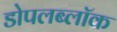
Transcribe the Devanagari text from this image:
डोपलब्लॉक